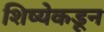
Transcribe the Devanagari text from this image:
शिष्येकडून